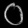
Digit: ၀